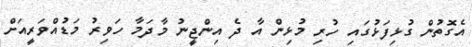
އެގޮތުން ގުޅިފަޅުގައި ހުރި މުޅިން އާ ދެ އިންޖީނު މާދަމާ ހަވިރު މަޑުއްވަރީއަށް